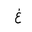
Letter: _gayn